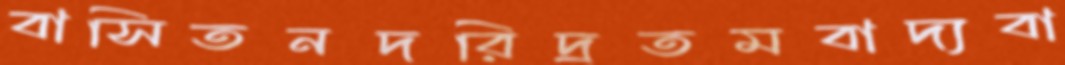
বাসিতনদরিদ্রতমবাদ্যবা